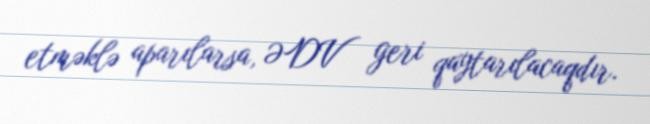
etməklə aparılarsa, ƏDV geri qaytarılacaqdır.